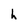
Character: h